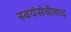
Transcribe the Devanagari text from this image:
स्वयंसेवीवाद